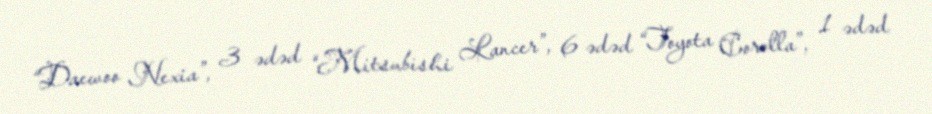
“Daewoo Nexia”, 3 ədəd “Mitsubishi Lancer”, 6 ədəd “Toyota Corolla”, 1 ədəd